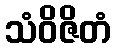
သံဝိဇိတံ